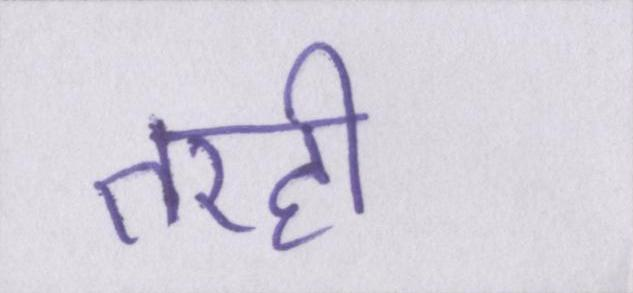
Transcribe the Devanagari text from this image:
तरही